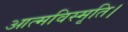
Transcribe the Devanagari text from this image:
आत्मविस्मृति।